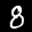
Label: 8